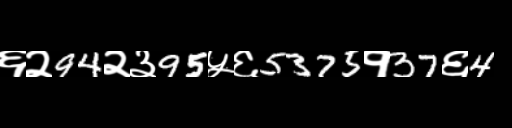
Text: ६२94२३95५६5375१37६4